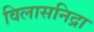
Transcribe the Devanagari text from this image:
विलासनिद्रा